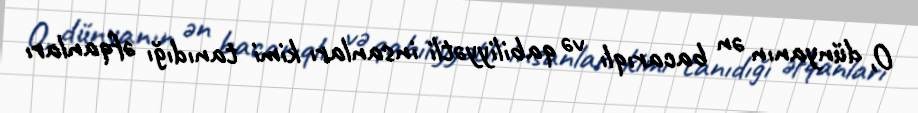
O, dünyanın ən bacarıqlı və qabiliyyətli insanları kimi tanıdığı əfqanları